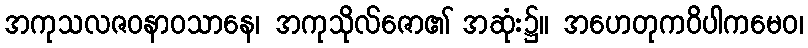
အကုသလဇဝနာဝသာနေ၊ အကုသိုလ်ဇော၏ အဆုံး၌။ အဟေတုကဝိပါကမေဝ၊